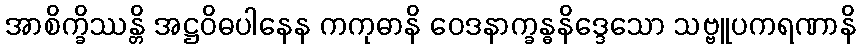
အာစိက္ခိဿန္တိ အဋ္ဌဝိဓပါနေန ကကုဓာနိ ဝေဒနာက္ခန္ဓနိဒ္ဒေသော သဗ္ဗူပကရဏာနိ